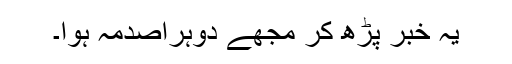
یہ خبر پڑھ کر مجھے دوہراصدمہ ہوا۔